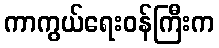
ကာကွယ်ရေးဝန်ကြီးက